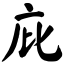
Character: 庇